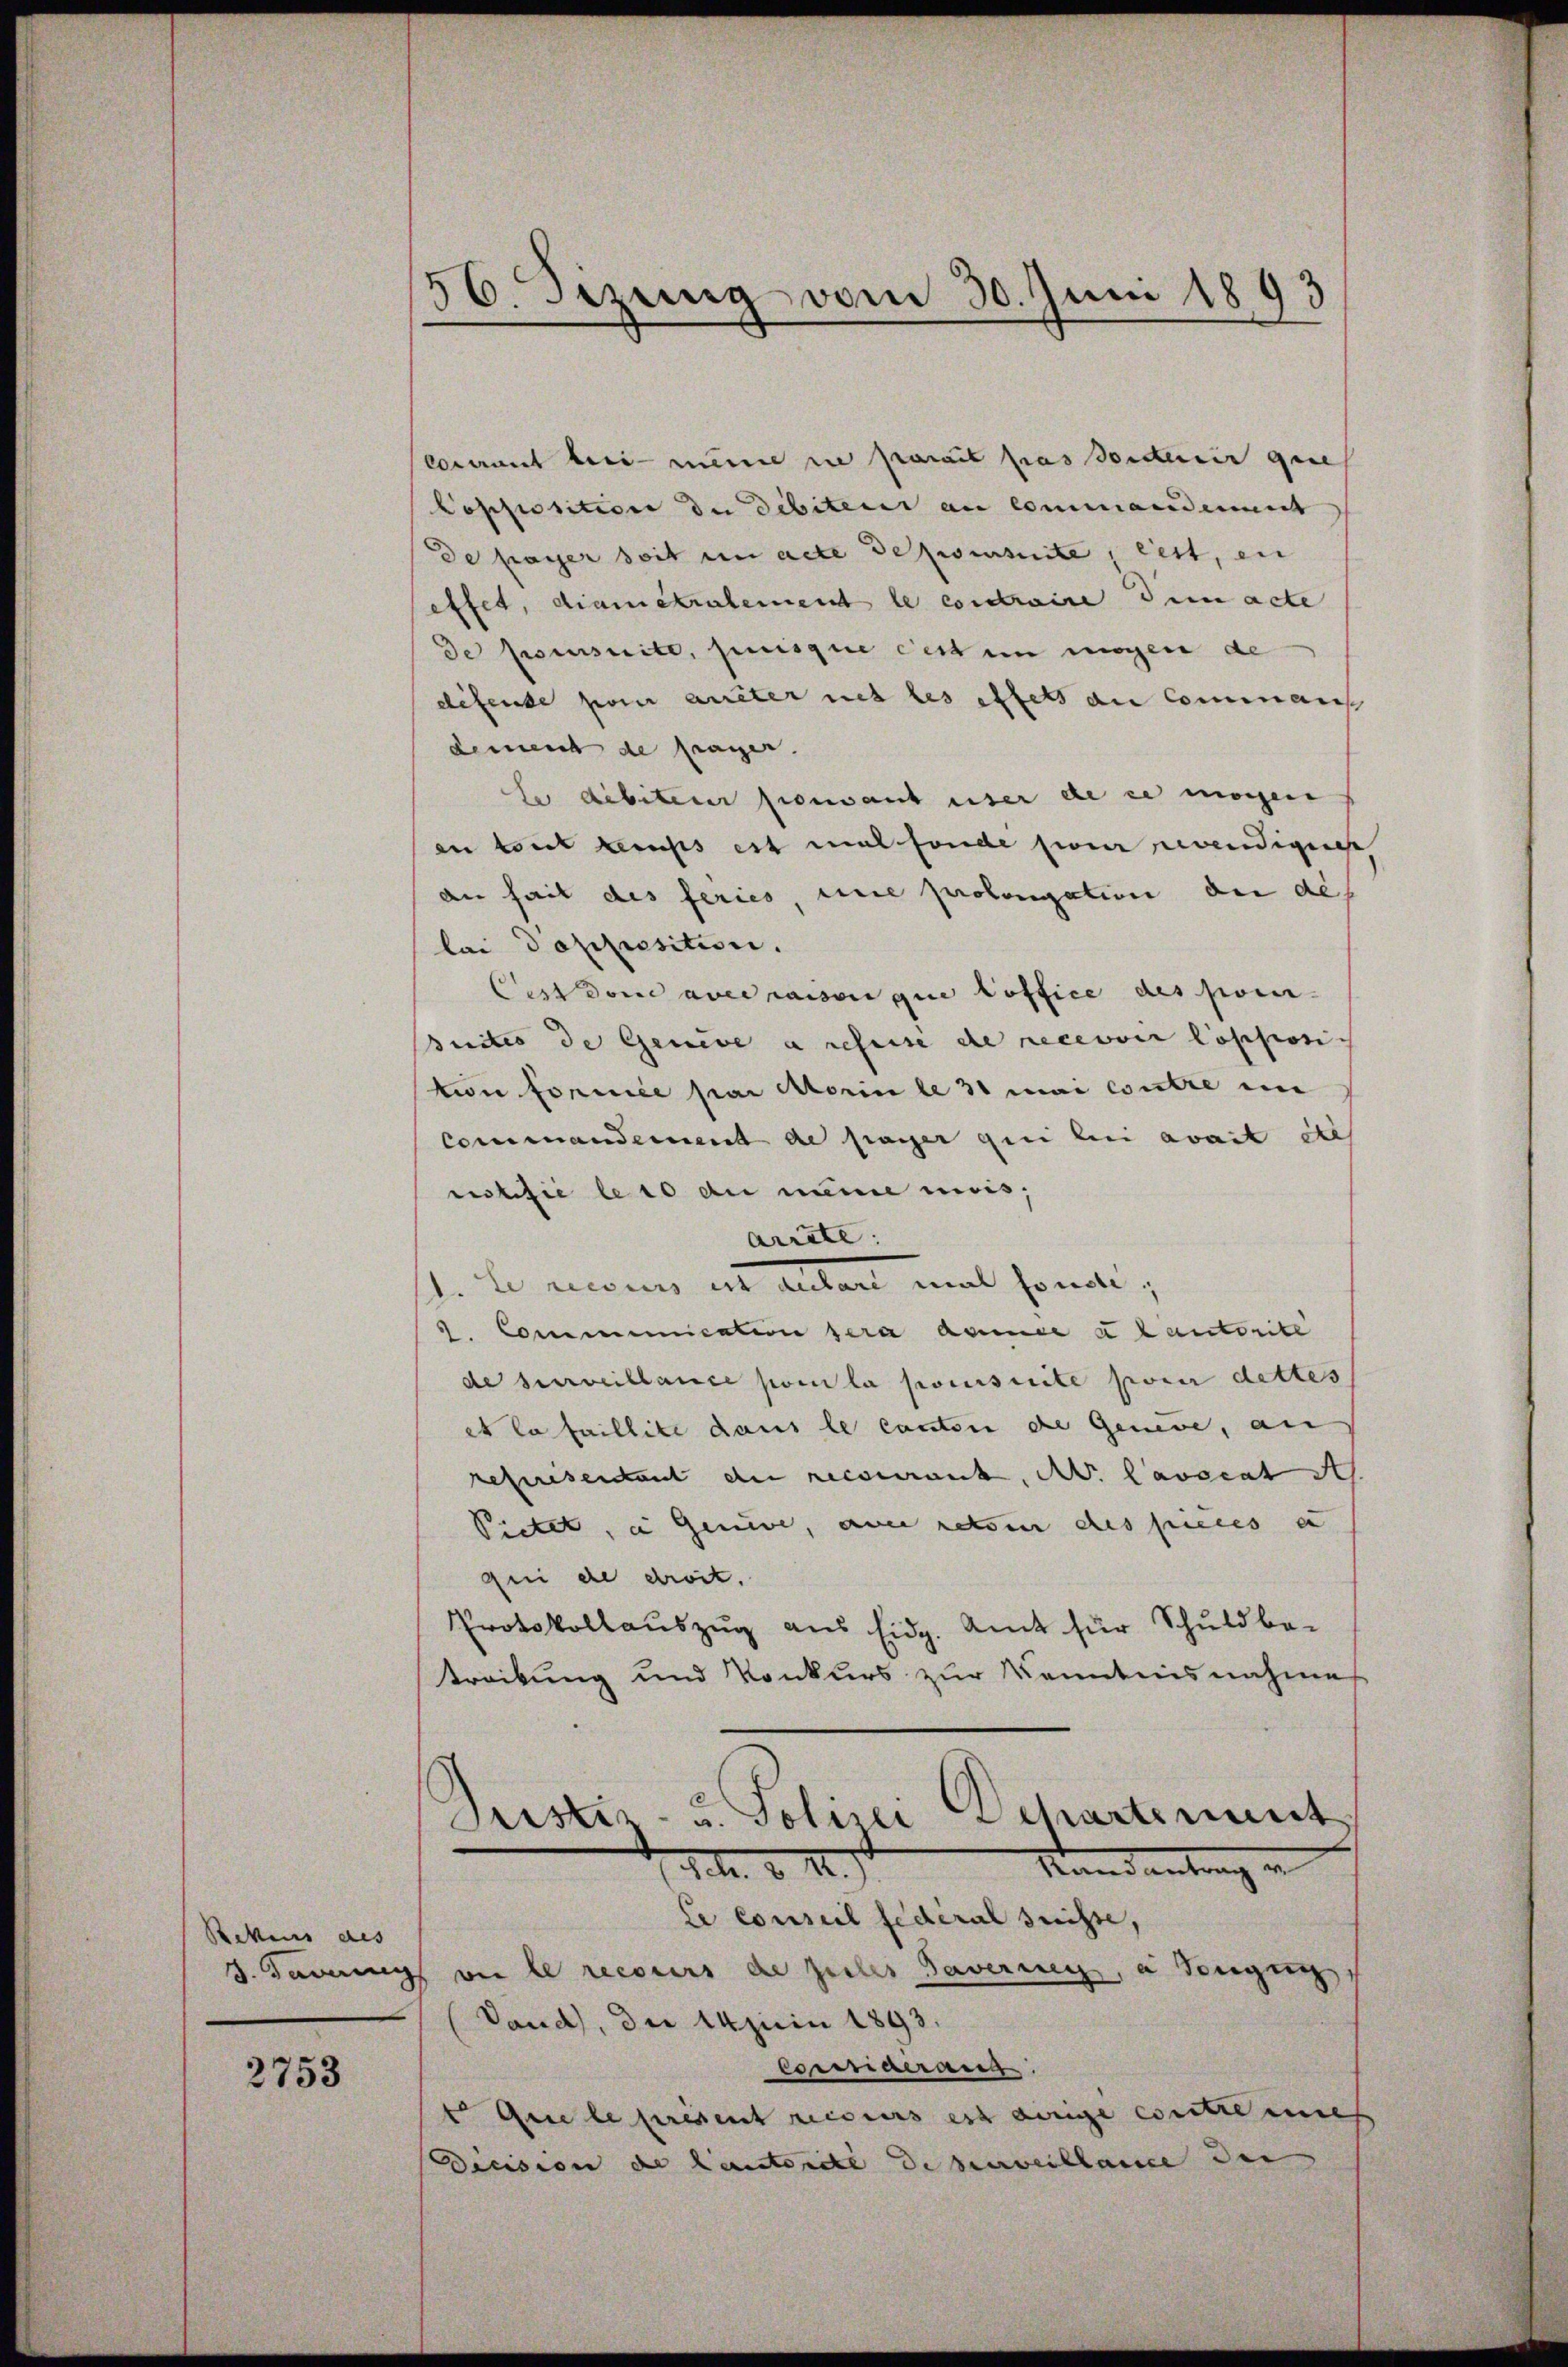
Bekens des

2753

56. Sezung vom 30. Juni 1893

Cocurant bei meine in parait pas sondernir ques
Popposition der Debiteur an commanderent
de fasser seit in acte dezweseite, lest, ei
effet, diametralement le contraire dem acte
de poursuite, suisque cert in migen de
difende pour aueter net les effets du Commanis
dement de frager.
e débiterer pouvant über de ce morgen
en tout tenuss est mal fonde sie vendigen
der hait des feries, eine prolongation der des
lai dopposition.
Aus dem aber raison que office des pour
suites de Geneve a refusé de recevoir lopposi
tion formée par Morin le 3 mai contre in
Commanderent de frager qui bei avait de
ristisie le so di meine mois,
Arräte:
de le recens ins autant mal sonal,
2. Communication sera dance a lautorité
de surveillance par la poursuite pren dettes
et la faillite dans le canton de Geneve, an
referesentant der recouranz, A. Lavocat S
Pietet, a Genie, au reten des pieces u
qui de droit.
Protokollauszug aus Eidg. Amt für Schuldbe-
treibung und Konkurs zur Kenntnisnahmes
Justiz- u. Polizei Departement
Kundantrag an
JM. v. M.
Ce conseil federal Suisse,
d. Savings vor le recours die Zeiles Taverney, a Tangen,
(Vaud, der 14jicini 1893.
Cormnarrang.
t Gire le present recours est einige contre eine
Dicision de lautorité de surveillance der